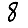
Digit: 8